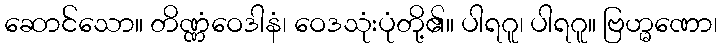
ဆောင်သော။ တိဏ္ဏံဝေဒါနံ၊ ဝေဒသုံးပုံတို့၏။ ပါရဂူ၊ ပါရဂူ။ ဗြဟ္မဏော၊